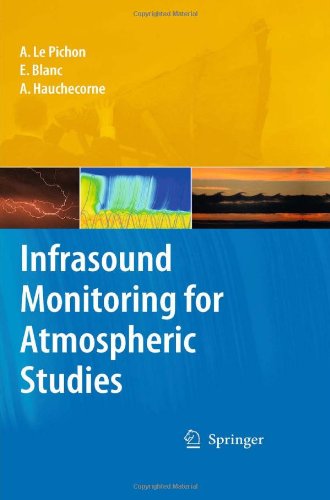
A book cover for Infrasound Monitoring for Atmospheric Studies; Science & Math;